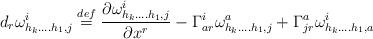
LaTeX: \begin{align*}d_{r}\omega _{h_{k}....h_{1},j}^{i}\overset{def}{=}\frac{\partial \omega_{h_{k}....h_{1},j}^{i}}{\partial x^{r}}-\Gamma _{ar}^{i}\omega_{h_{k}....h_{1},j}^{a}+\Gamma _{jr}^{a}\omega _{h_{k}....h_{1},a}^{i}\end{align*}